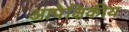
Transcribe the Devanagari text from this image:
आपेक्षिकीय